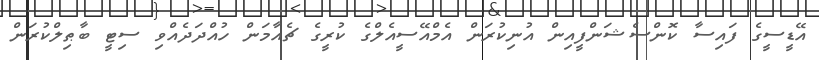
އޭޑީސީގެ ފައިސާ ކޮންސެޝަންފީއިން އުނިކުރަން އެމްއޭސީއެލްގެ ކުރީގެ ޗެއާމަން ހުއްދަދެއްވި ސިޓީ ބާޠިލްކުރަން